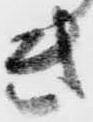
き